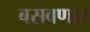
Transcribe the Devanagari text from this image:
बसवणार